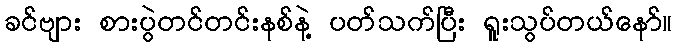
ခင်ဗျား စားပွဲတင်တင်းနစ်နဲ့ ပတ်သက်ပြီး ရူးသွပ်တယ်နော်။